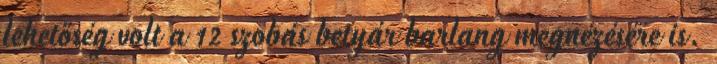
lehetőség volt a 12 szobás betyár barlang megnézésére is.